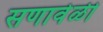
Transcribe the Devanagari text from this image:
सणावेळी